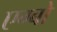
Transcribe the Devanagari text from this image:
एग्बो